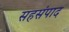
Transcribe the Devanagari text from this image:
सहसंपाद